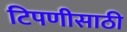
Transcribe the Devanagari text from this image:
टिपणीसाठी